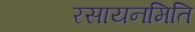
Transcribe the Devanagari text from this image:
रसायनमिति